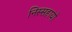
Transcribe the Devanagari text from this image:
निस्सहायों